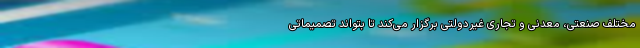
مختلف صنعتی، معدنی و تجاری غیردولتی برگزار می‌کند تا بتواند تصمیماتی